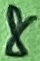
Text: 8